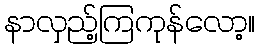
နာလှည့်ကြကုန်လော့။